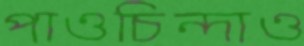
পাওচিন্দাও